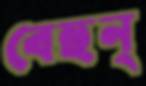
বেহুন্